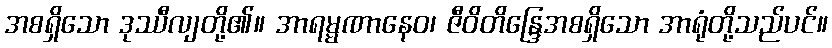
အစရှိသော ဒုဿီလျတို့၏။ အာရမ္မဏာနေဝ၊ ဇီဝိတိန္ဒြေအစရှိသော အာရုံတို့သည်ပင်။